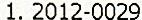
1. 2012-0029